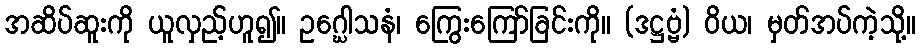
အဆိပ်ဆူးကို ယူလှည့်ဟူ၍။ ဥဂ္ဃေါသနံ၊ ကြွေးကြော်ခြင်းကို။ (ဒဋ္ဌဗ္ဗံ) ဝိယ၊ မှတ်အပ်ကဲ့သို့။